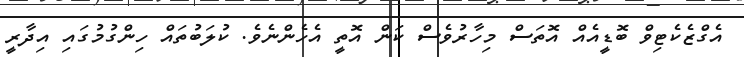
އެގްޒެކެޓިވް ބޮޑީއެއް އޮތަސް މިހާރުވެސް ކަން އޮތީ އެހެންނެވެ. ކުލަބުތައް ހިންގުމުގައި އިދާރީ